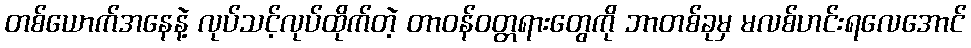
တစ်ယောက်အနေနဲ့ လုပ်သင့်လုပ်ထိုက်တဲ့ တာဝန်ဝတ္တရားတွေကို ဘာတစ်ခုမှ မလစ်ဟင်းရလေအောင်